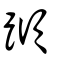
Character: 蹞